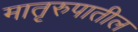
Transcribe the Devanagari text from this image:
मातृरुपातील